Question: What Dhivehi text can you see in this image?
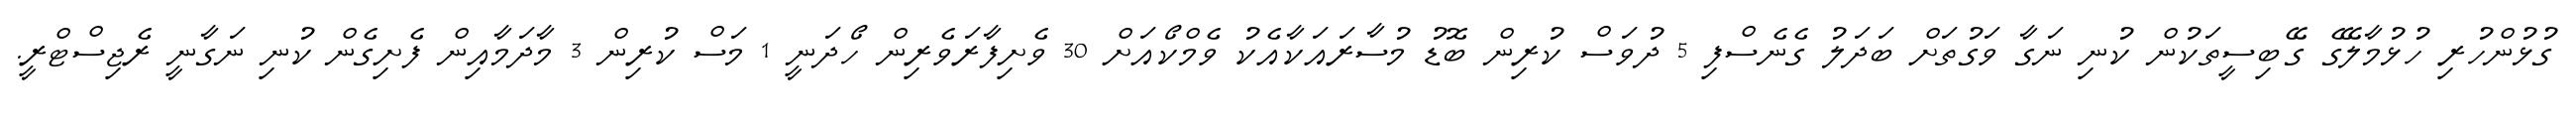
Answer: ގުޅުންހުރި ހުޅުމާލޭގެ ގޭބިސީތަކުން ކުނި ނަގާ ވަގުތަށް ބަދަލު ގެނެސްފި 5 ދުވަސް ކުރިން ބޮޑު މުސާރައަކާއެކު ވެމްކޯއަށް 30 ވެށިފާރަވެރިން ހޯދަނީ 1 މަސް ކުރިން 3 މާދަމާއިން ފެށިގެން ކުނި ނަގާނީ ރެޖިސްޓްރީ.